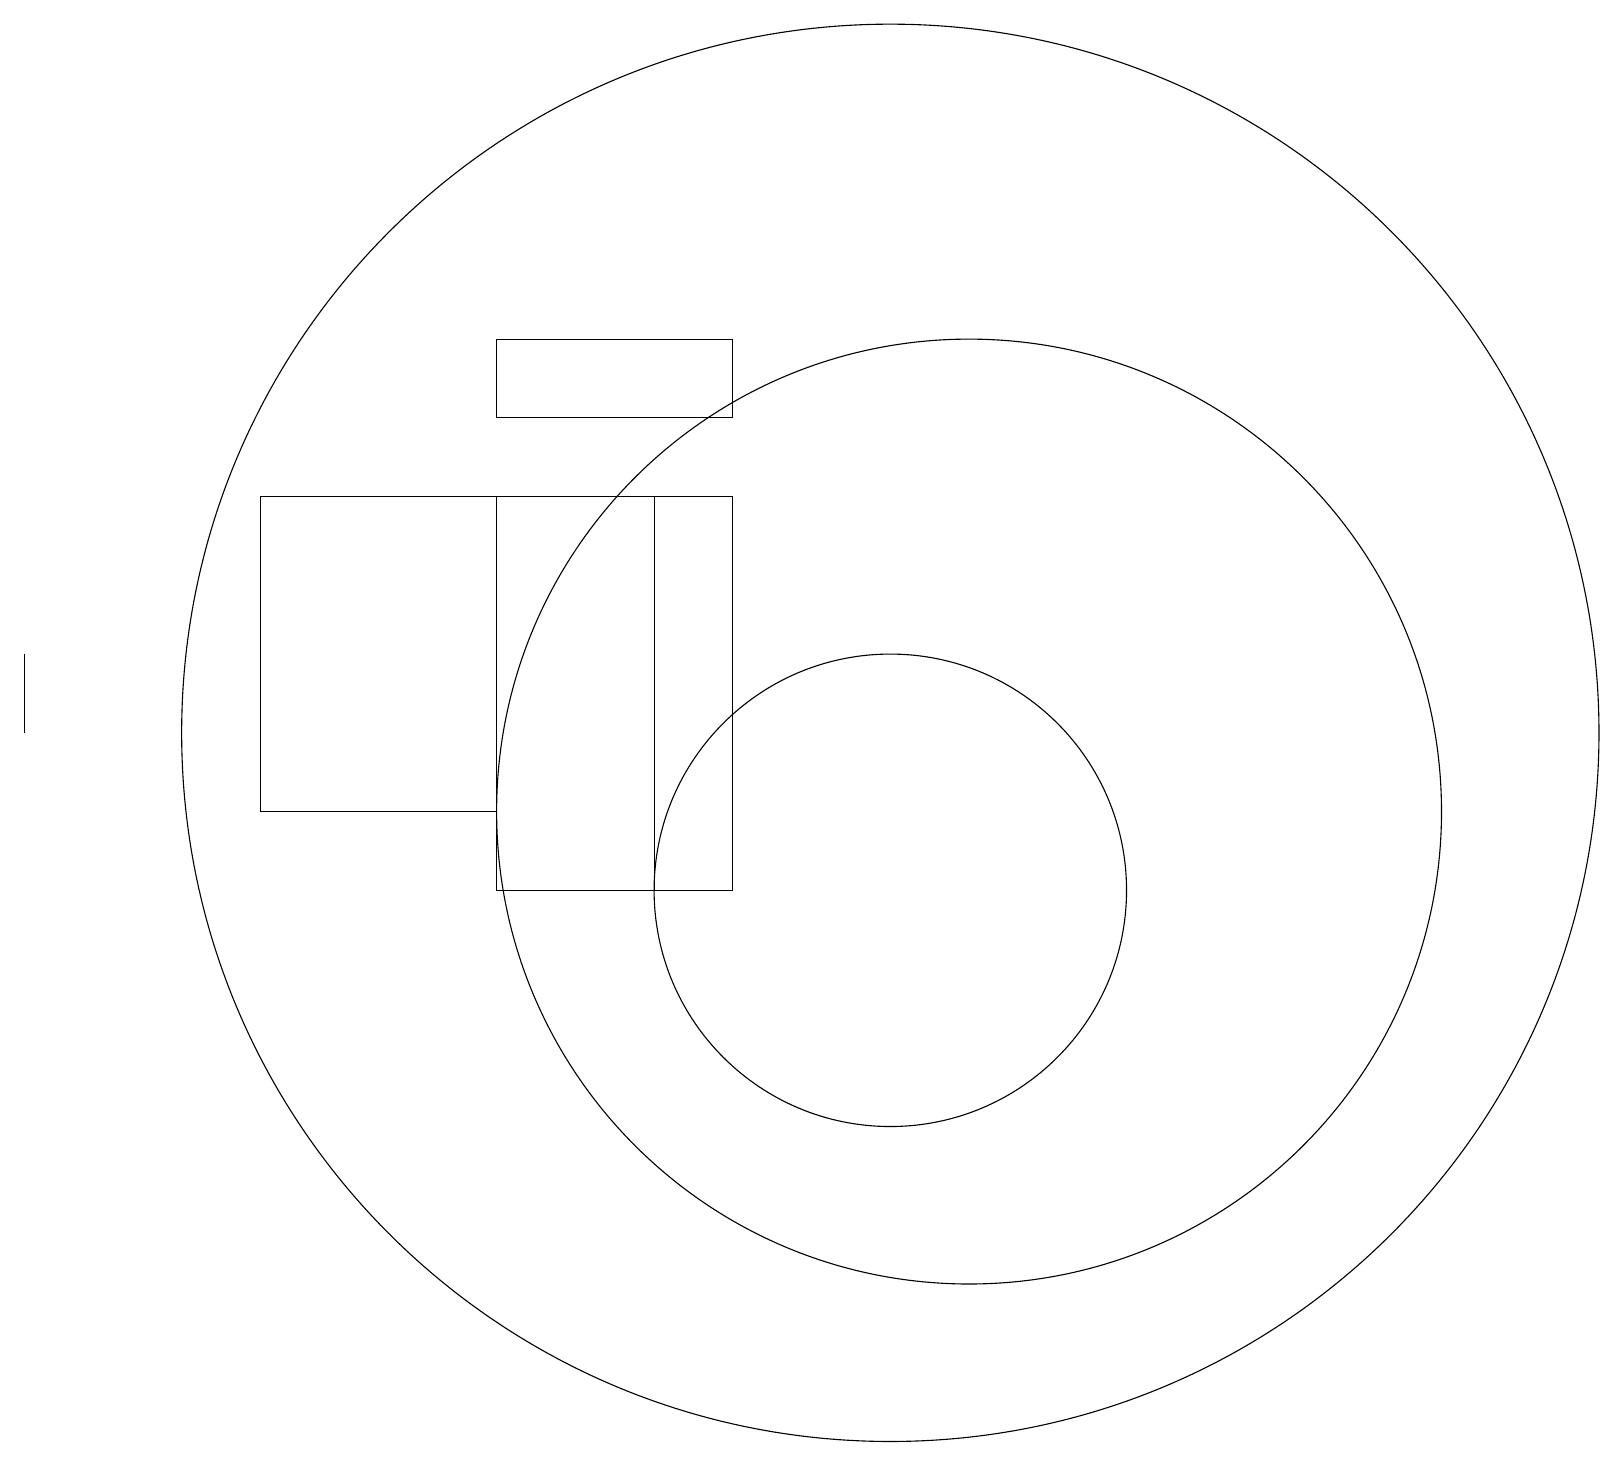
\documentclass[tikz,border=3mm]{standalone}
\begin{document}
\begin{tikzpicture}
\draw (9,17) rectangle (6,16);
\draw (6,15) rectangle (3,11);
\draw (11,10) circle (3);
\draw (11,12) circle (9);
\draw (0,12) rectangle (0,13);
\draw (12,11) circle (6);
\draw (8,15) rectangle (6,10);
\draw (6,10) rectangle (9,15);
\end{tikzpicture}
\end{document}